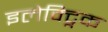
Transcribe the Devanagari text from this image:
इलेक्ट्निक